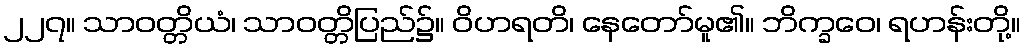
၂၂၇။ သာဝတ္တိယံ၊ သာဝတ္တိပြည်၌။ ဝိဟရတိ၊ နေတော်မူ၏။ ဘိက္ခဝေ၊ ရဟန်းတို့။